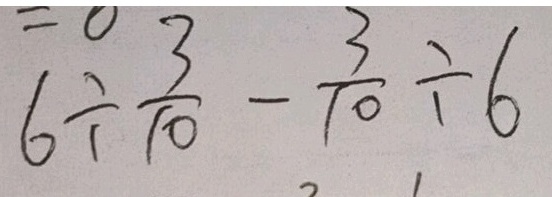
6 \div \frac { 3 } { 1 0 } - \frac { 3 } { 1 0 } \div 6